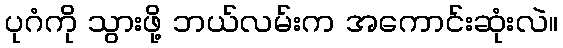
ပုဂံကို သွားဖို့ ဘယ်လမ်းက အကောင်းဆုံးလဲ။